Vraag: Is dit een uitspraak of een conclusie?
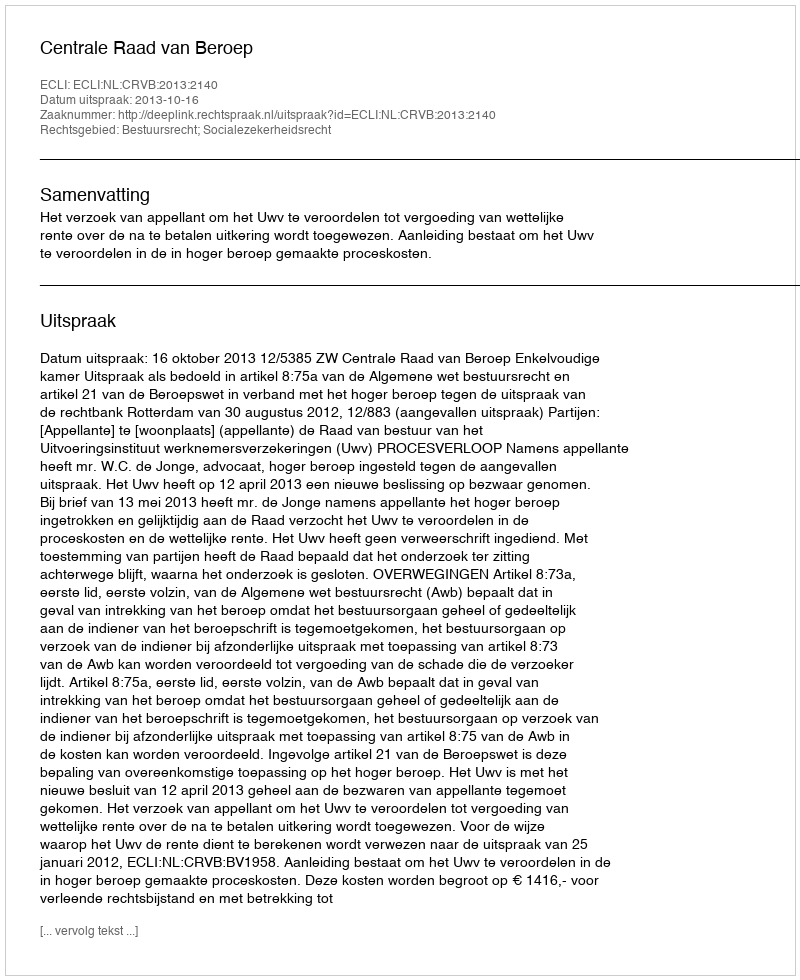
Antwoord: Uitspraak